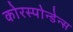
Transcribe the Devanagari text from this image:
कोरस्पोन्डेन्स